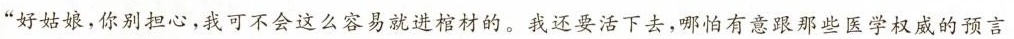
”好姑娘，你别担心，我可不会这么容易就进棺材的。我还要活下去，哪怕有意跟那些医学权威的预言